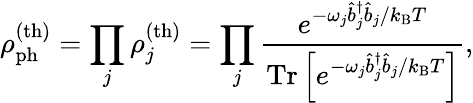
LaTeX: \rho_{\mathrm{ph}}^{\mathrm{(th)}}=\prod_{j}\rho_{j}^{\mathrm{(th)}}=\prod_{j}\frac{e^{-\omega_{j}\hat{b}_{j}^{\dagger}\hat{b}_{j}/k_{\mathrm{B}}T}}{\mathrm{Tr}\left[e^{-\omega_{j}\hat{b}_{j}^{\dagger}\hat{b}_{j}/k_{\mathrm{B}}T}\right]},